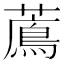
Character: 𦿬